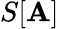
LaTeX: S[\mathbf{A}]